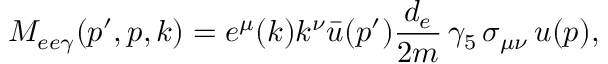
M _ { e e \gamma } ( p ^ { \prime } , p , k ) = e ^ { \mu } ( k ) k ^ { \nu } { \bar { u } } ( p ^ { \prime } ) \frac { d _ { e } } { 2 m } \, \gamma _ { 5 } \, \sigma _ { \mu \nu } \, u ( p ) ,